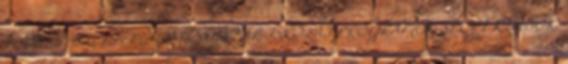
Ft . 2007. SZEPTEMBER KÖNYVTÁR ISKOLAI PROGRAMOK SPORT KLUBOK,